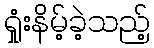
ရှုံးနိမ့်ခဲ့သည့်